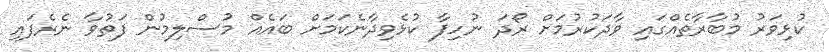
ކުޅިވަރު މުބާރާތެއްގައި ވާދަކުރުމަށް ރޯދަ ނުހިފާ ކުޅެވިދާނެކަމަށް ބައެއް މުސްލިމުން ފަތުވާ ނެރެފައި